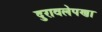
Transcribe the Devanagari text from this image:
दुरावलेपणा